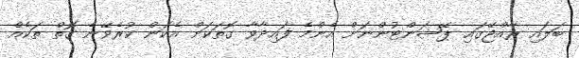
ބަލައި ރާއްޖޭގައި ޕޭޝަންޓުންނަށް އެންމެ ފައިދާވާ ގޮތަކަށް އެކަން ކުރެވޭނެ ގޮތް ތަކެއް